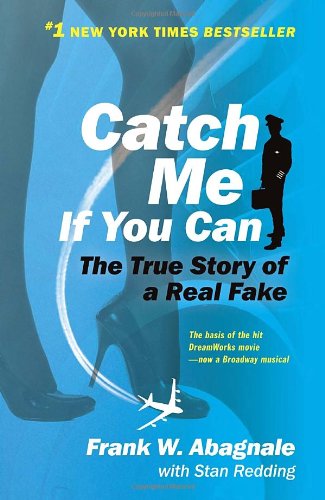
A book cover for Catch Me If You Can; Frank W. Abagnale; Biographies & Memoirs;